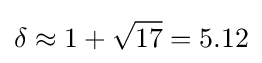
\delta \approx 1+{\sqrt {17}}=5.12